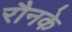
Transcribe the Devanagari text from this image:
रौनके